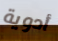
أدوية